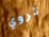
تروي